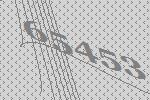
65453